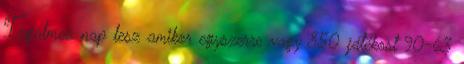
Izgalmas nap lesz amikor egyszerre vagy 850 játékost 90-63